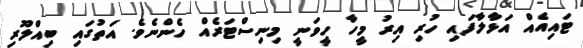
ޓައިއެއް އަޅާލާފައި ހުރި އިރު މީހާ ހީވަނީ މިނިސްޓަރެއް ހެންނެވެ. އަތުގައި ބިއްލޫރި